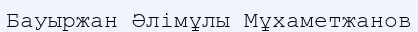
Бауыржан Әлімұлы Мұхаметжанов